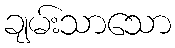
ချမ်းသာသော